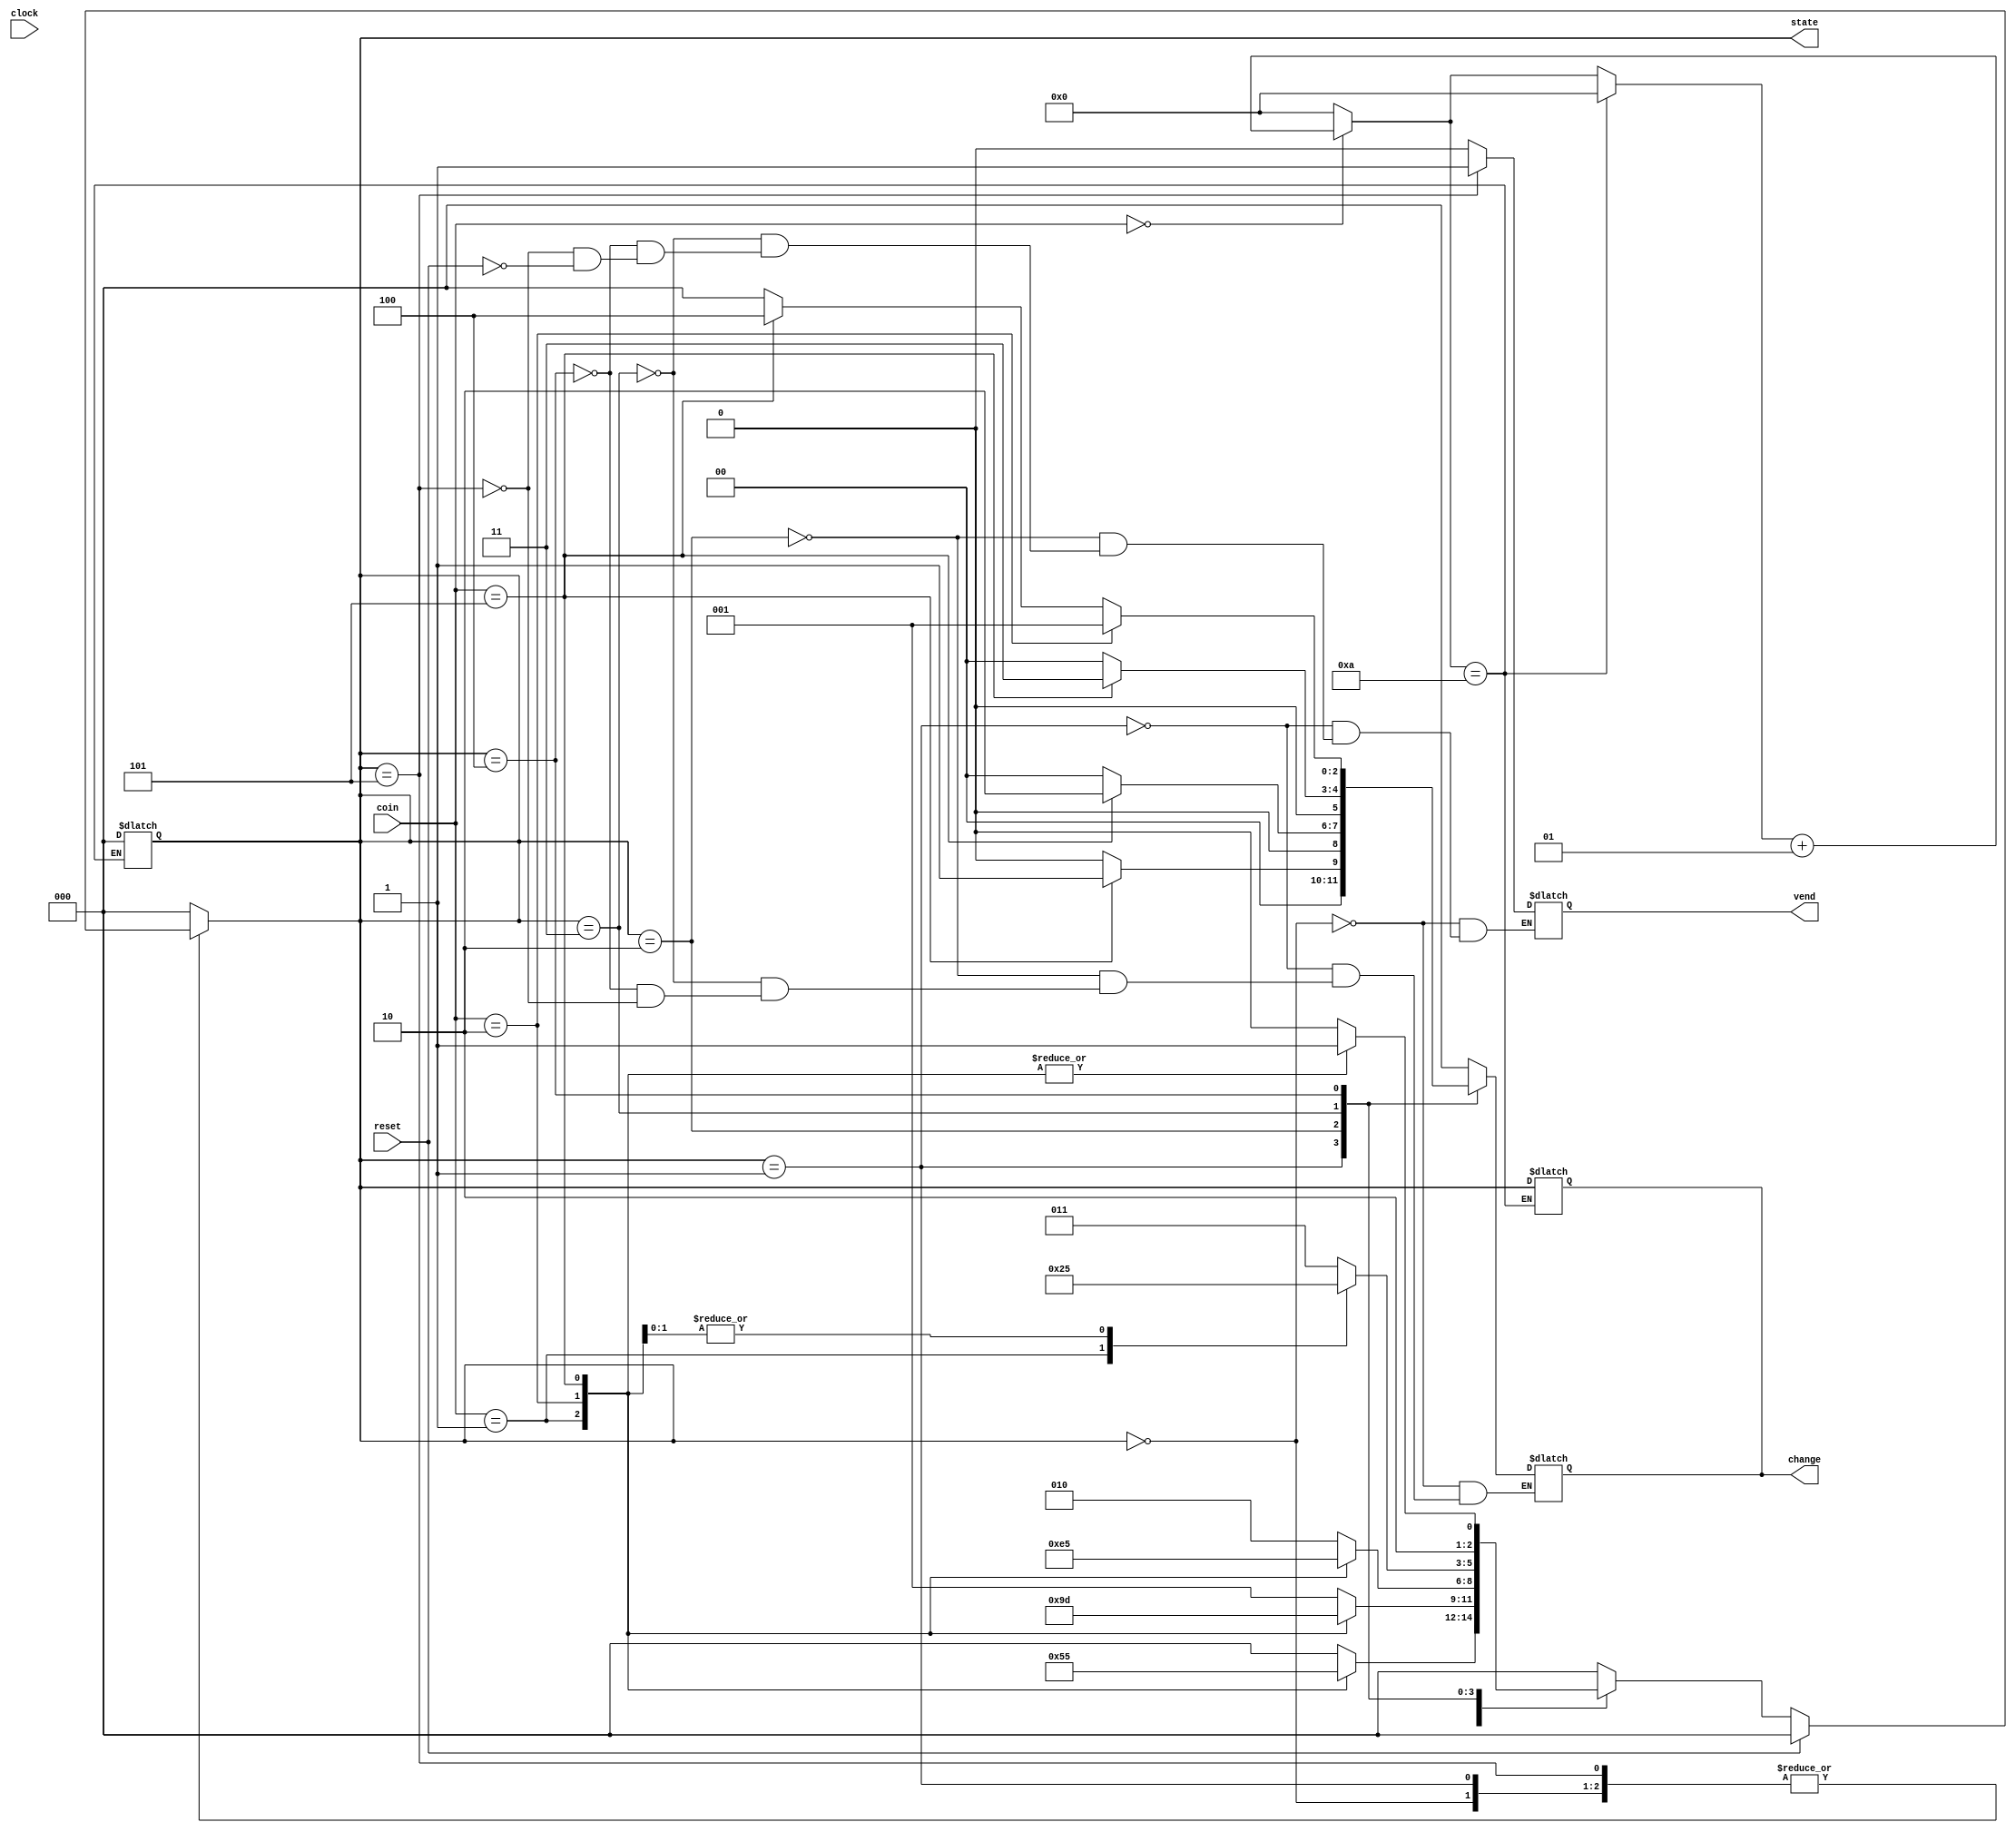
module vending_machine(clock,reset,coin,vend,state,change);

  // inputs
input clock;
input reset;
input [2:0]coin;

  //ouptuts
output vend;
output [2:0]state;
output [2:0]change;

reg [2:0] prev_in ;
reg vend;
reg [2:0]change;
wire [2:0]coin;
  
  // internal 
parameter [2:0] Rs5Coin = 3'b001;
parameter [2:0] Rs10Coin = 3'b010;
parameter [2:0] Rs5Coin_Rs10Coin = 3'b011;
parameter [2:0] Rs10Coin_Rs10Coin = 3'b100;
parameter [2:0] Rs25Coin = 3'b101;

parameter [2:0] IDLE = 3'b000;
parameter [2:0] FIVE = 3'b001;
parameter [2:0] TEN = 3'b010;
parameter [2:0] FIFTEEN = 3'b011;
parameter [2:0] TWENTY = 3'b100;
parameter [2:0] TWENTYFIVE = 3'b101;

reg [2:0] state,next_state;

always @(state or coin)
begin
	next_state=0; 
case(state)
IDLE: case(coin) 
     Rs5Coin : next_state=FIVE;
     Rs10Coin: next_state=TEN;
     Rs25Coin: next_state=TWENTYFIVE;
     default : next_state=IDLE;
endcase

FIVE: case(coin) 
     Rs5Coin : next_state=TEN;
     Rs10Coin: next_state=FIFTEEN;
     Rs25Coin: next_state=TWENTYFIVE; //change=Rs5Coin
     default : next_state=FIVE;
endcase

TEN: case(coin) 
     Rs5Coin : next_state=FIFTEEN;
     Rs10Coin: next_state=TWENTY;
     Rs25Coin: next_state=TWENTYFIVE; //change=Rs10Coin
     default : next_state=TEN;
endcase

FIFTEEN: case(coin)
     Rs5Coin : next_state=TWENTY;
     Rs10Coin: next_state=TWENTYFIVE;
     Rs25Coin: next_state=TWENTYFIVE; //change==Rs5Coin_Rs10Coin
     default : next_state=FIFTEEN;
endcase

TWENTY: case(coin) 
     Rs5Coin : next_state=TWENTYFIVE;
     Rs10Coin: next_state=TWENTYFIVE; //change=Rs5Coin
     Rs25Coin: next_state=TWENTYFIVE; //change==Rs10Coin_Rs10Coin
     default : next_state=TWENTY;
endcase

TWENTYFIVE: next_state=IDLE; 
     default : next_state=IDLE;
endcase

end
  
always @(clock)
begin 
      if(reset) 
	begin
           state <= IDLE;
           vend <= 1'b0;
	end 
	else 
      state <= next_state;

  // output value is calculated below
case (state)
  IDLE : begin 
  		vend <= 1'b0; 
		change <= 3'd0; 
	end
  
  FIVE : begin 
  		vend <= 1'b0; 
		if (coin == Rs25Coin) 
			change <= Rs5Coin;  // 5+25 - 25 = 5
		else change <= 3'd0;
	end
  
  TEN : begin 
  		vend <= 1'b0; 
		if (coin == Rs25Coin) 
			change <= Rs10Coin; // 10+25 - 25 = 10
		else change <= 3'd0; 
	end
  
  FIFTEEN : begin 
  		vend <= 1'b0; 
		if (coin==Rs25Coin) 
			change <= Rs5Coin_Rs10Coin; // 15+25 - 25 = 5_10
		else change <= 3'd0; 
	end
  
  TWENTY : begin 
  		vend <= 1'b0; 
		if (coin==Rs10Coin) 
			change <= Rs5Coin; // 20+10 - 25 = 5
		else if (coin==Rs25Coin) 
			change <= Rs10Coin_Rs10Coin ; // 20+25 - 25 = 10_10
		else change <= 3'd0; 
	end
  
  TWENTYFIVE : begin 
  		vend <= 1'b1; 
		change <= 3'd0; 
	end
  
  default : state <= IDLE;
endcase
end

  // logic to wait for input coin for 10 clock cycle.
integer count = 0;
  always @ (clock) 
    begin
      if (coin == 3'b000)
	      count = count + 1; // increment counter whenever no coin is received
	else
    		count = 0;
    
      if (count==10) begin
    	change = state;
        state = IDLE; // auto reset
      	count = 0;   end
  end
endmodule